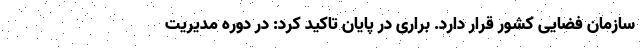
سازمان فضایی کشور قرار دارد. براری در پایان تاکید کرد: در دوره مدیریت